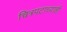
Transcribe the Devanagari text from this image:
चित्रपटाच्याही